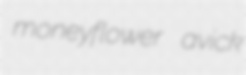
moneyflower avick